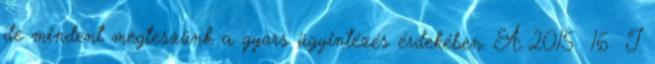
de mindent megteszünk a gyors ügyintézés érdekében. A 2015 16 I.